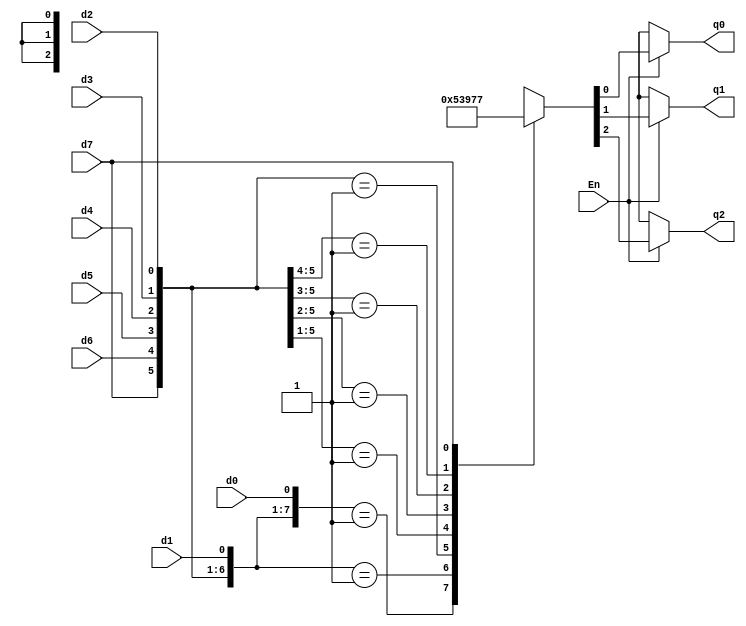
module priority_encoder83_casex(En,d7,d6,d5,d4,d3,d2,d1,d0,q2,q1,q0);
	input En,d7,d6,d5,d4,d3,d2,d1,d0; //inputs Enable and 8-bit d
	output reg q2,q1,q0;
	/*
	3-bit q output, also declared as register because it will be 
	used inside the always block
	*/
	always @(*)begin
		{q2,q1,q0} = 3'bxxx; //initialize q = 3'bxxx
		
		//En should be on
		if(En) begin
			casex({d7,d6,d5,d4,d3,d2,d1,d0}) 
			//concatenated q inputs inside case statement
				/*priority encoder logic as follows:
				in every possible d inputs, return the index
				/position of the highest bit with 1 value
				if every inputs is zero, return q = 3'bxxx
				*/
				8'b00000001: {q2,q1,q0} = 3'b000;
				8'b0000001?: {q2,q1,q0} = 3'b001;
				8'b000001??: {q2,q1,q0} = 3'b010;
				8'b00001???: {q2,q1,q0} = 3'b011;
				8'b0001????: {q2,q1,q0} = 3'b100;
				8'b001?????: {q2,q1,q0} = 3'b101;
				8'b01??????: {q2,q1,q0} = 3'b110;
				8'b1???????: {q2,q1,q0} = 3'b111;
					 default: {q2,q1,q0} = 3'bxxx;
			endcase
		end
	end
endmodule